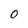
Character: 0